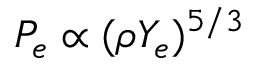
P _ { e } \propto ( \rho Y _ { e } ) ^ { 5 / 3 }